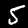
Digit: 5